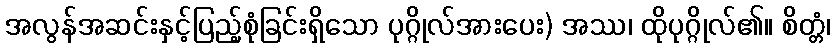
အလွန်အဆင်းနှင့်ပြည့်စုံခြင်းရှိသော ပုဂ္ဂိုလ်အားပေး) အဿ၊ ထိုပုဂ္ဂိုလ်၏။ စိတ္တံ၊